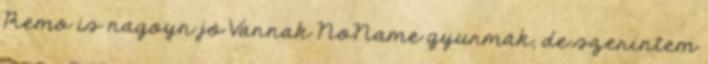
Remo is nagoyn jó Vannak NoName gyurmák, de szerintem